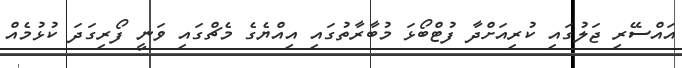
އައްސޭރި ޖަލުގައި ކުރިއަށްދާ ފުޓްބޯޅަ މުބާރާތުގައި އިއްޔެގެ މެޗްގައި ވަނީ ފޯރިގަދަ ކުޅުމެއް